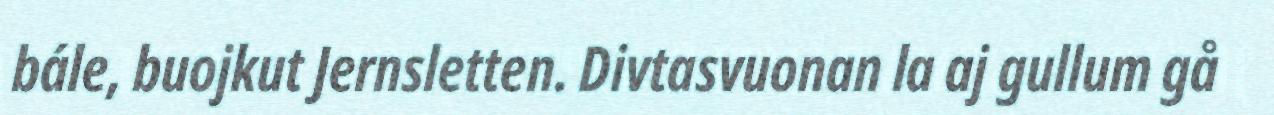
bále, buojkut Jernsletten. Divtasvuonan la aj gullum gå